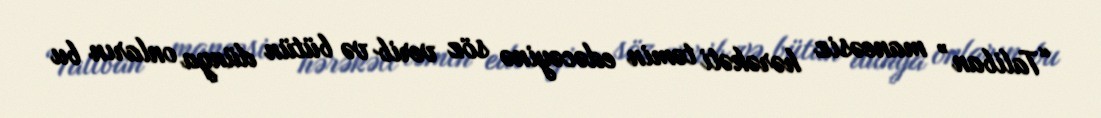
“Taliban” maneəsiz hərəkəti təmin edəcəyinə söz verib və bütün dünya onların bu